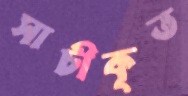
সাচীকৃত